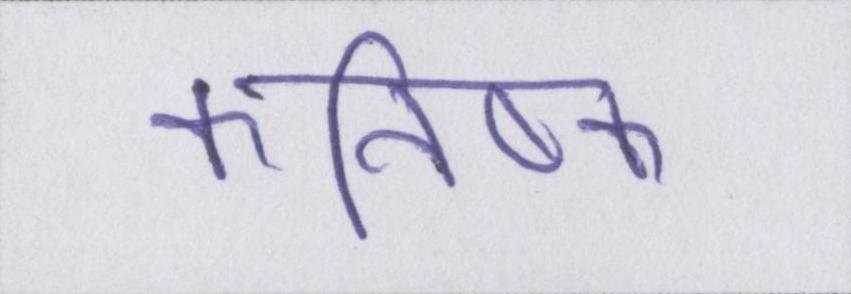
कनिष्क